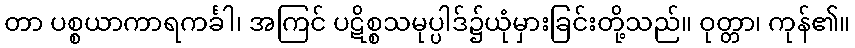
တာ ပစ္စယာကာရကင်္ခါ၊ အကြင် ပဋိစ္စသမုပ္ပါဒ်၌ယုံမှားခြင်းတို့သည်။ ဝုတ္တာ၊ ကုန်၏။